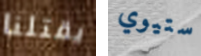
يقتلنا ستيوي